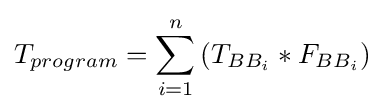
T_{program}=\sum _{i=1}^{n}{(T_{BB_{i}}*F_{BB_{i}})}